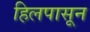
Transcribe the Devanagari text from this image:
हिलपासून